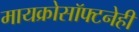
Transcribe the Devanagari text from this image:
मायक्रोसॉफ्टनेही